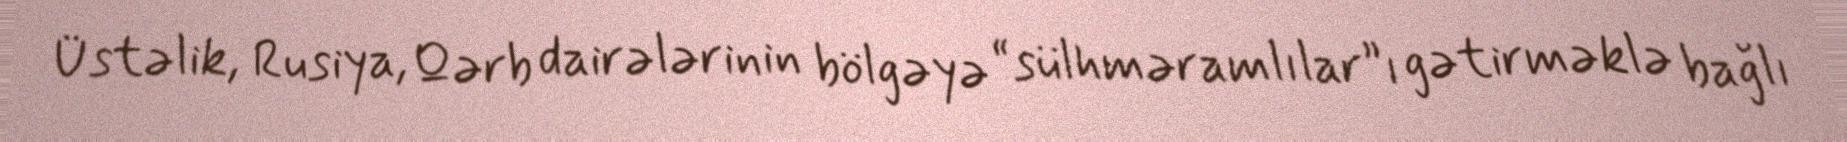
Üstəlik, Rusiya, Qərb dairələrinin bölgəyə “sülhməramlılar”ı gətirməklə bağlı